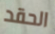
الحقد